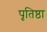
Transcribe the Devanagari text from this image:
पृतिष्ठा